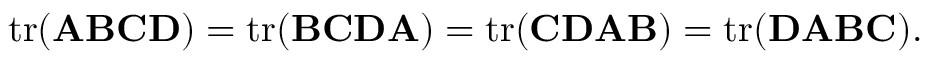
\operatorname { t r } ( \mathbf { A } \mathbf { B } \mathbf { C } \mathbf { D } ) = \operatorname { t r } ( \mathbf { B } \mathbf { C } \mathbf { D } \mathbf { A } ) = \operatorname { t r } ( \mathbf { C } \mathbf { D } \mathbf { A } \mathbf { B } ) = \operatorname { t r } ( \mathbf { D } \mathbf { A } \mathbf { B } \mathbf { C } ) .